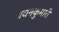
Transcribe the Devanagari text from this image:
यवनकुमारी